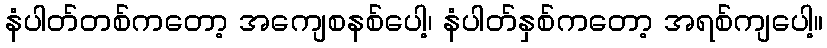
နံပါတ်တစ်ကတော့ အကျေစနစ်ပေါ့၊ နံပါတ်နှစ်ကတော့ အရစ်ကျပေါ့။